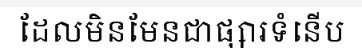
ដែលមិនមែនជាផ្សារទំនើប